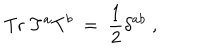
LaTeX: \mathrm { T r } \; T ^ { a } T ^ { b } ~ = ~ \frac { 1 } { 2 } \delta ^ { a b } \; ,